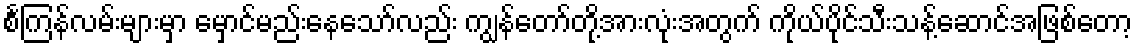
စင်္ကြန်လမ်းများမှာ မှောင်မည်းနေသော်လည်း ကျွန်တော်တို့အားလုံးအတွက် ကိုယ်ပိုင်သီးသန့်ဆောင်အဖြစ်တော့